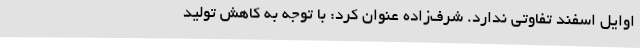
اوایل اسفند تفاوتی ندارد. شرف‌زاده عنوان کرد: با توجه به کاهش تولید